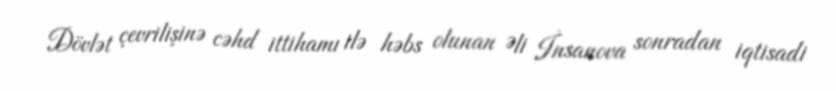
Dövlət çevrilişinə cəhd ittihamı ilə həbs olunan Əli İnsanova sonradan iqtisadi